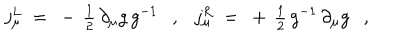
j _ { \mu } ^ { L } ~ = ~ - \, { \textstyle { \frac { 1 } { 2 } } } \, \partial _ { \mu } g \, g ^ { - 1 } , j _ { \mu } ^ { R } ~ = ~ + \, { \textstyle { \frac { 1 } { 2 } } } \, g ^ { - 1 } \, \partial _ { \mu } g ,